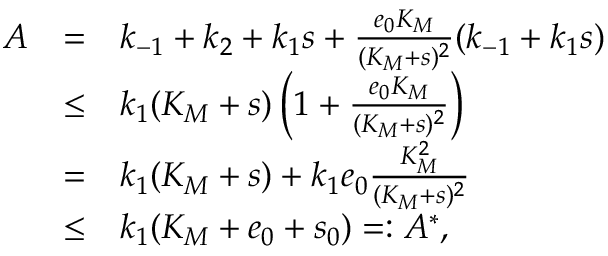
\begin{array} { r c l } { A } & { = } & { k _ { - 1 } + k _ { 2 } + k _ { 1 } s + \frac { e _ { 0 } K _ { M } } { ( K _ { M } + s ) ^ { 2 } } ( k _ { - 1 } + k _ { 1 } s ) } \\ & { \leq } & { k _ { 1 } ( K _ { M } + s ) \left( 1 + \frac { e _ { 0 } K _ { M } } { ( K _ { M } + s ) ^ { 2 } } \right) } \\ & { = } & { k _ { 1 } ( K _ { M } + s ) + k _ { 1 } e _ { 0 } \frac { K _ { M } ^ { 2 } } { ( K _ { M } + s ) ^ { 2 } } } \\ & { \leq } & { k _ { 1 } ( K _ { M } + e _ { 0 } + s _ { 0 } ) = : A ^ { * } , } \end{array}